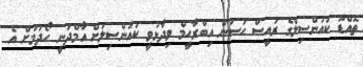
ތޮއްޑޫ ކައުންސިލްގެ ރައީސް ހަސަން އިބްރާހީމް ވިދާޅުވީ ކައުންސިިލަށް އާމްދަނީ ހޯދުމަށް އެ